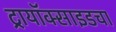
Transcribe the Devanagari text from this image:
ट्रायॉक्साइडचा